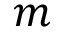
m